Annual report of the Punjab Veterinary College and of the Civil Veterinary Department, Punjab - 1909-1919
Year: 1909
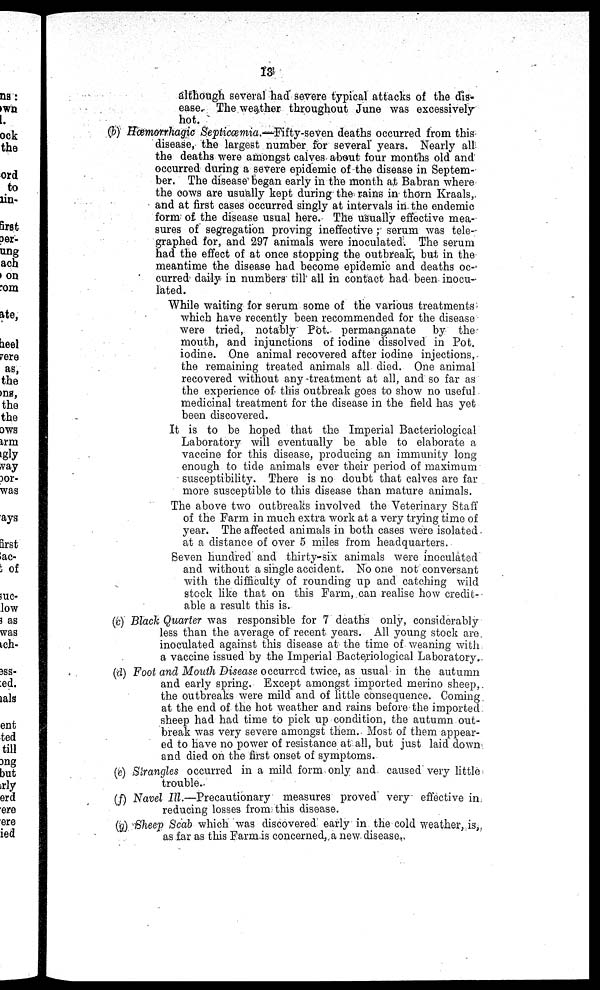
13
although several had severe typical attacks of the dis-
ease. The weather throughout June was excessively
hot.
(b) Hæmorrhagic Septicæmia.— Fifty-seven deaths occurred from this
disease, the largest number for several years. Nearly all
the deaths were amongst calves about four months old and
occurred during a severe epidemic of the disease in Septem-
ber. The disease began early in the month at Babran where
the cows are usually kept during the rains in thorn Kraals,
and at first cases occurred singly at intervals in the endemic
form of the disease usual here. The usually effective mea-
sures of segregation proving ineffective; serum was tele-
graphed for, and 297 animals were inoculated. The serum
had the effect of at once stopping the outbreak, but in the
meantime the disease had become epidemic and deaths oc-
curred daily in numbers till all in contact had been inocu-
lated.
While waiting for serum some of the various treatments
which have recently been recommended for the disease
were tried, notably Pot. permanganate
by the
mouth, and injunctions of iodine dissolved in Pot.
iodine. One animal recovered after iodine injections,
the remaining treated animals all died. One animal
recovered without any treatment at all, and so far as
the experience of this outbreak goes to show no useful
medicinal treatment for the disease in the field has yet
been discovered.
It is to be hoped that the Imperial Bacteriological
Laboratory will eventually be able to elaborate a
vaccine for this disease, producing an immunity long
enough to tide animals ever their period of maximum
susceptibility. There is no doubt that calves are far
more susceptible to this disease than mature animals.
The above two outbreaks involved the Veterinary Staff
of the Farm in much extra work at a very trying time of
year. The affected animals in both cases were isolated
at a distance of over 5 miles from headquarters.
Seven hundred and thirty-six animals were inoculated
and without a single accident. No one not conversant
with the difficulty of rounding up and catching wild
stock like that on this Farm, can realise how credit-
able a result this is.
(c) Black Quarter was responsible for 7 deaths only, considerably
less than the average of recent years. All young stock are
inoculated against this disease at the time of weaning with
a vaccine issued by the Imperial Bacteriological Laboratory.
(d) Foot and Mouth Disease occurred twice, as usual in the autumn
and early spring. Except amongst imported merino sheep,
the outbreaks were mild and of little consequence. Coming
at the end of the hot weather and rains before the imported
sheep had had time to pick up condition, the autumn out-
break was very severe amongst them. Most of them appear-
ed to have no power of resistance at all, but just laid down
and died on the first onset of symptoms.
(e) Strangles occurred in a mild form only and caused very little
trouble.
(f) Navel Ill.—Precautionary
measures proved very effective in
reducing losses from this disease.
(g) Sheep Scab which was discovered early in the cold weather, is,
as far as this Farm is concerned, a new disease.